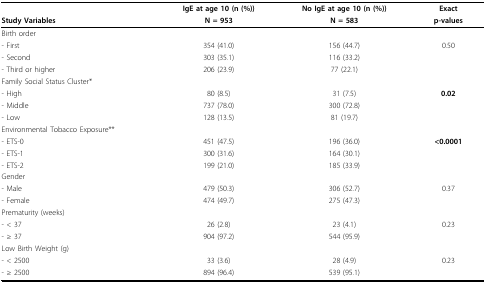
|  | IgE at age 10 (n (%)) | No IgE at age 10 (n (%)) | Exact |
 | Study Variables | N = 953 | N = 583 | p-values |
 | --- | --- | --- | --- |
 | Birth order |  |  |  |
 | - First | 354 (41.0) | 156 (44.7) | 0.50 |
 | - Second | 303 (35.1) | 116 (33.2) |  |
 | - Third or higher | 206 (23.9) | 77 (22.1) |  |
 | Family Social Status Cluster* |  |  |  |
 | - High | 80 (8.5) | 31 (7.5) | 0.02 |
 | - Middle | 737 (78.0) | 300 (72.8) |  |
 | - Low | 128 (13.5) | 81 (19.7) |  |
 | Environmental Tobacco Exposure** |  |  |  |
 | - ETS-0 | 451 (47.5) | 196 (36.0) | <0.0001 |
 | - ETS-1 | 300 (31.6) | 164 (30.1) |  |
 | - ETS-2 | 199 (21.0) | 185 (33.9) |  |
 | Gender |  |  |  |
 | - Male | 479 (50.3) | 306 (52.7) | 0.37 |
 | - Female | 474 (49.7) | 275 (47.3) |  |
 | Prematurity (weeks) |  |  |  |
 | - < 37 | 26 (2.8) | 23 (4.1) | 0.23 |
 | - ≥ 37 | 904 (97.2) | 544 (95.9) |  |
 | Low Birth Weight (g) |  |  |  |
 | - < 2500 | 33 (3.6) | 28 (4.9) | 0.23 |
 | - ≥ 2500 | 894 (96.4) | 539 (95.1) |  |